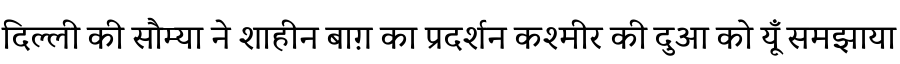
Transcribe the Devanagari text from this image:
दिल्ली की सौम्या ने शाहीन बाग़ का प्रदर्शन कश्मीर की दुआ को यूँ समझाया